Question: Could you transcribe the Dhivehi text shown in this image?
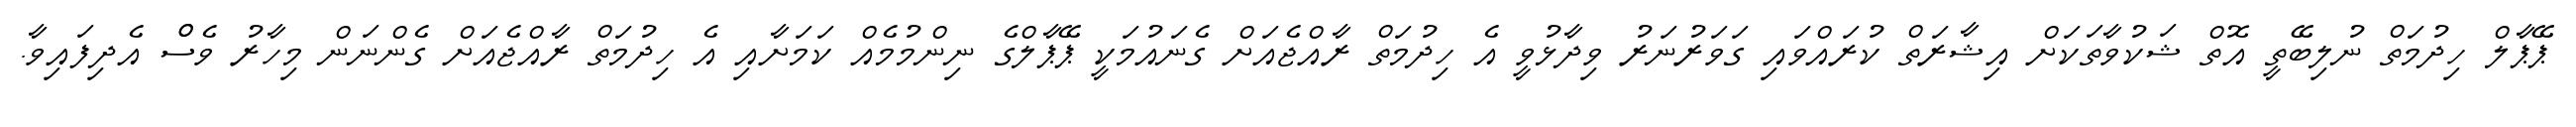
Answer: ޕޭޕާލް ހިދުމަތް ނުލިބޭތީ އޮތް ޝަކުވާތަކަށް އިޝާރަތް ކުރައްވައި ގަވަރުނަރު ވިދާޅުވީ އެ ހިދުމަތް ރާއްޖެއަށް ގެނައުމަކީ ޕޭޕާލްގެ ނިންމުމެއް ކަމަށާއި އެ ހިދުމަތް ރާއްޖެއަށް ގެންނަން މިހާރު ވެސްް އެދިފައިވާ.